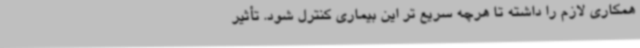
همکاری لازم را داشته تا هرچه سریع تر این بیماری کنترل شود. تأثیر